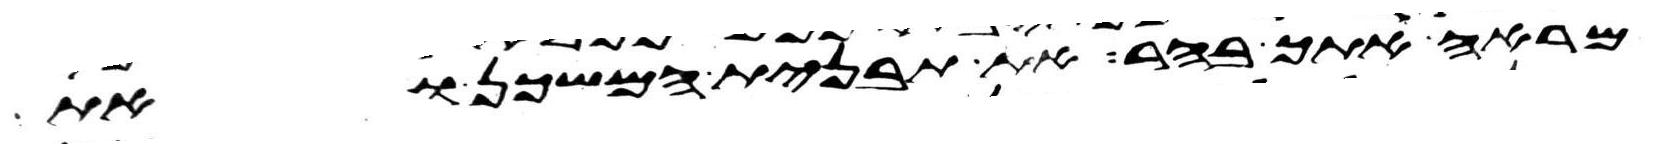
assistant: מראה אתך בהר את תבנית המשכן ואת